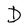
Character: D